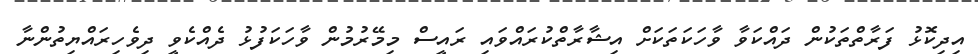
އިދިކޮޅު ފަރާތްތަކުން ދައްކަވާ ވާހަކަތަކަށް އިޝާރާތްކުރައްވައި ރައީސް މިމޭރުމުން ވާހަކަފުޅު ދެއްކެވީ ދިވެހިރައްޔިތުންނާ